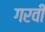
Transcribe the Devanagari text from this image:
गरवी